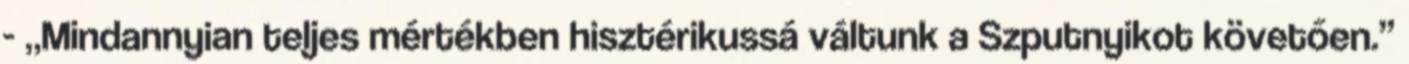
- „Mindannyian teljes mértékben hisztérikussá váltunk a Szputnyikot követően.”